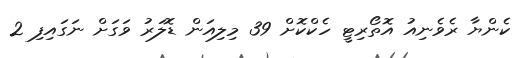
ކެންޔާ ރެވެނިއު އޮތޯރިޓީ ހެކްކޮށް 39 މިލިއަން ޑޮލަރު ވަގަށް ނަގައިފި 2